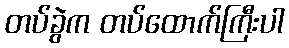
တပ်ခွဲက တပ်ထောက်ကြီးပါ